Mental hospitals Bombay report 1921-28 - 1921-1928
Year: 1921
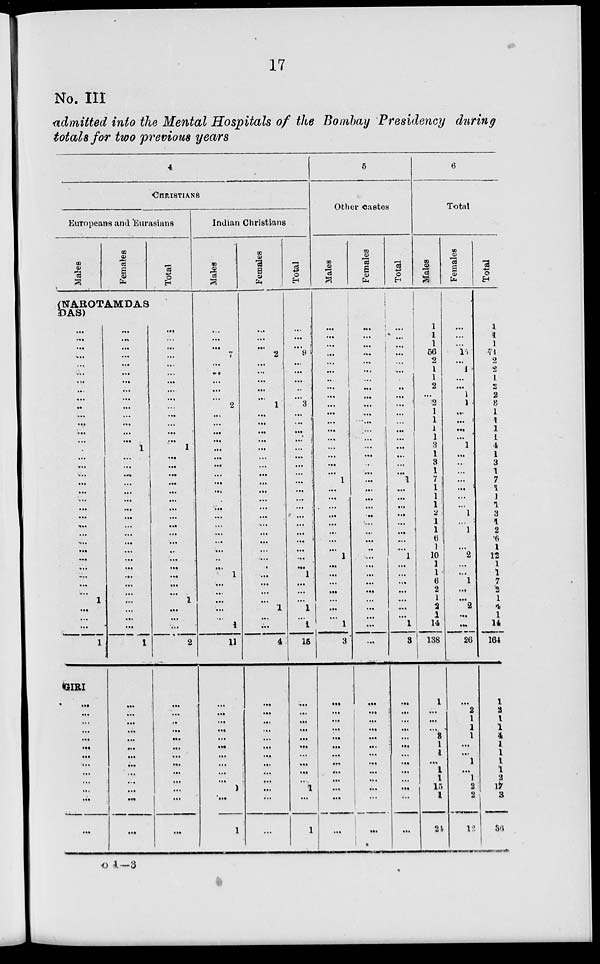
17
No. III
admitted into the Mental Hospitals of the Bombay Presidency during
totals for two previous years
4
CHRISTIANS
Europeans and Eurasians
Males
Females
Total
(NAROTAMDAS
DAS)
...
...
...
...
...
...
...
...
...
...
...
...
...
...
...
...
...
...
...
...
...
...
...
...
...
...
...
...
...
...
...
...
1
...
...
...
1
GIRI
...
...
...
...
...
...
...
...
...
...
...
...
...
...
...
...
...
...
...
...
...
...
...
...
...
...
...
1
...
...
...
...
...
...
...
...
...
...
...
...
...
...
...
...
...
...
...
...
...
1
...
...
...
...
...
...
...
...
...
...
...
...
...
...
...
...
...
...
...
...
...
...
...
...
...
...
...
1
...
...
...
...
...
...
...
...
...
...
...
...
...
...
...
...
...
1
...
...
...
2
...
...
...
...
...
...
...
...
...
...
...
...
...
Indian Christians
Males
...
...
...
7
...
...
...
...
...
2
...
...
...
...
...
...
...
...
...
...
...
...
...
...
...
...
...
...
...
1
...
...
...
...
...
1
11
...
...
...
...
...
...
...
...
...
...
1
...
1
Females
...
...
...
2
...
...
...
...
...
1
...
...
...
...
...
...
...
...
...
...
...
...
...
...
...
...
...
...
...
...
...
...
...
1
...
...
4
...
...
...
...
...
...
...
...
...
...
...
...
...
Total
...
...
...
9
...
...
...
..
...
3
...
...
...
...
...
...
...
...
...
...
...
...
...
...
...
...
...
...
...
1
...
...
...
1
...
1
15
...
...
...
...
...
...
...
...
...
...
1
...
1
5
Other castes
Males
...
...
...
...
...
...
...
...
...
...
...
...
...
...
...
...
...
...
1
...
...
...
...
...
...
...
...
1
...
...
...
...
...
...
...
1
3
...
...
...
...
...
...
...
...
...
...
...
...
...
Females
...
...
...
...
...
...
...
...
...
...
...
...
...
...
...
...
...
...
...
...
...
...
...
...
...
...
...
...
...
...
...
...
...
...
...
...
...
...
...
...
...
...
...
...
...
...
...
...
...
...
Total
...
...
...
...
...
...
...
...
...
...
...
...
...
...
...
...
...
... 1
...
...
...
...
...
...
...
...
1
...
...
...
...
...
...
...
1
3
...
...
...
...
...
...
...
...
...
...
...
...
...
6
Total
Males
1
1
1
56
2
1
1
2
...
2
1
1
1
1
3
1
3
1
7
1
1
1
2
1
1
6
1
10
1
1
6
2
1
2
1
14
138
1
...
...
...
3
1
1
...
1
1
15
1
24
Females
...
...
...
15
...
1
...
...
1
1
...
...
...
...
1
...
...
...
...
...
...
...
1
...
1
...
...
2
...
...
1
...
...
2
...
...
26
...
2
1
1
1
...
...
1
...
1
2
2
12
Total
1
1
1
71
2
2
1
2
2
3
1
1
1
1
4
1
3
1
7
1
1
1
3
1
2
6
1
12
1
1
7
2
1
4
1
14
164
1
2
1
1
4
1
1
1
1
2
17
3
36
o 1—3